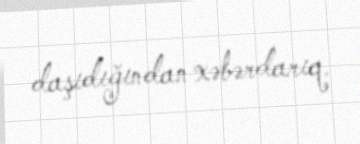
daşıdığından xəbərdarıq.